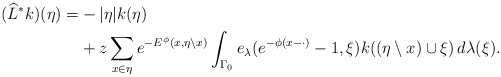
\begin{align*} ({\widehat{L}}^* k)(\eta)=&-\vert \eta \vert k(\eta) \\&+z\sum_{x\in \eta}e^{-E^\phi (x,\eta\setminus x)} \int_{\Gamma_0}e_\lambda(e^{-\phi (x - \cdot)}-1,\xi) k((\eta\setminus x)\cup\xi)\,d\lambda (\xi).\end{align*}